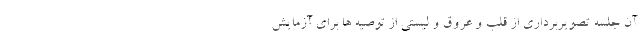
آن جلسه تصویربرداری از قلب و عروق و لیستی از توصیه ها برای آزمایش